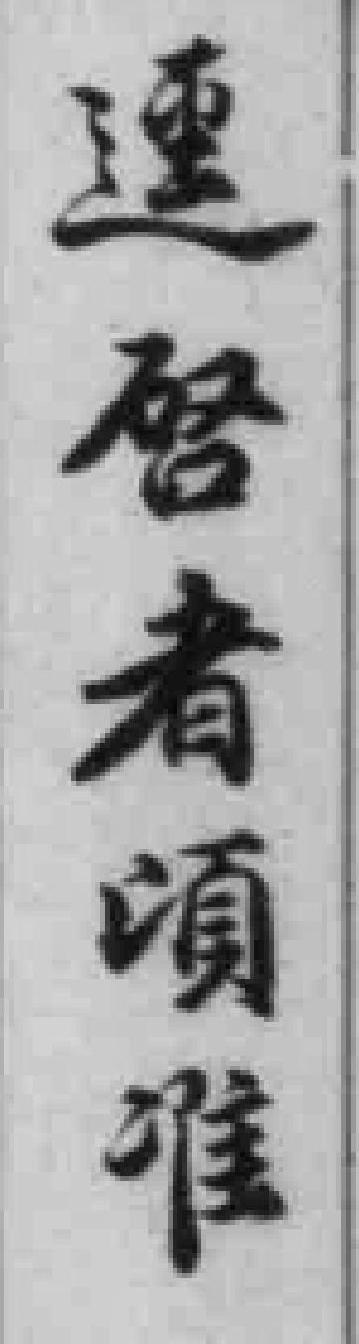
迳啓者頃准